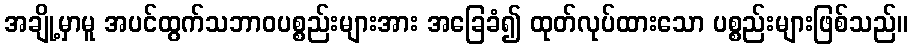
အချို့မှာမူ အပင်ထွက်သဘာဝပစ္စည်းများအား အခြေခံ၍ ထုတ်လုပ်ထားသော ပစ္စည်းများဖြစ်သည်။